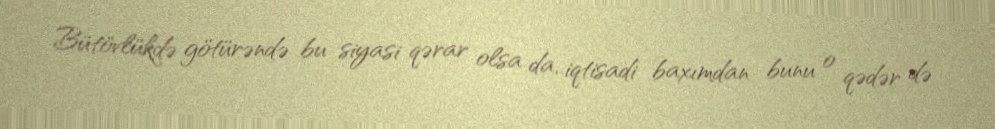
Bütövlükdə götürəndə bu siyasi qərar olsa da, iqtisadi baxımdan bunu o qədər də